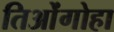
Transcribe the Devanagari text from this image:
तिओंगोहा